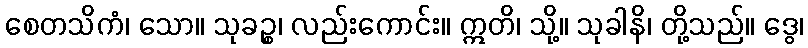
စေတသိကံ၊ သော။ သုခဉ္စ၊ လည်းကောင်း။ ဣတိ၊ သို့။ သုခါနိ၊ တို့သည်။ ဒွေ၊